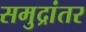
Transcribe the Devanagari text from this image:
समुद्रांतर